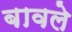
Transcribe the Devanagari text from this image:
बावले